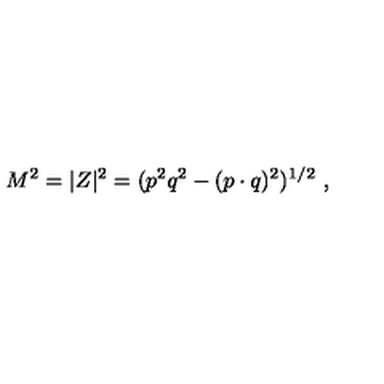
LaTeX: M ^ { 2 } = | Z | ^ { 2 } = ( p ^ { 2 } q ^ { 2 } - ( p \cdot q ) ^ { 2 } ) ^ { 1 / 2 } \ ,